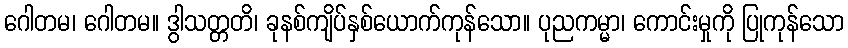
ဂေါတမ၊ ဂေါတမ။ ဒွါသတ္တတိ၊ ခုနစ်ကျိပ်နှစ်ယောက်ကုန်သော။ ပုညကမ္မာ၊ ကောင်းမှုကို ပြုကုန်သော